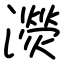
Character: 濙